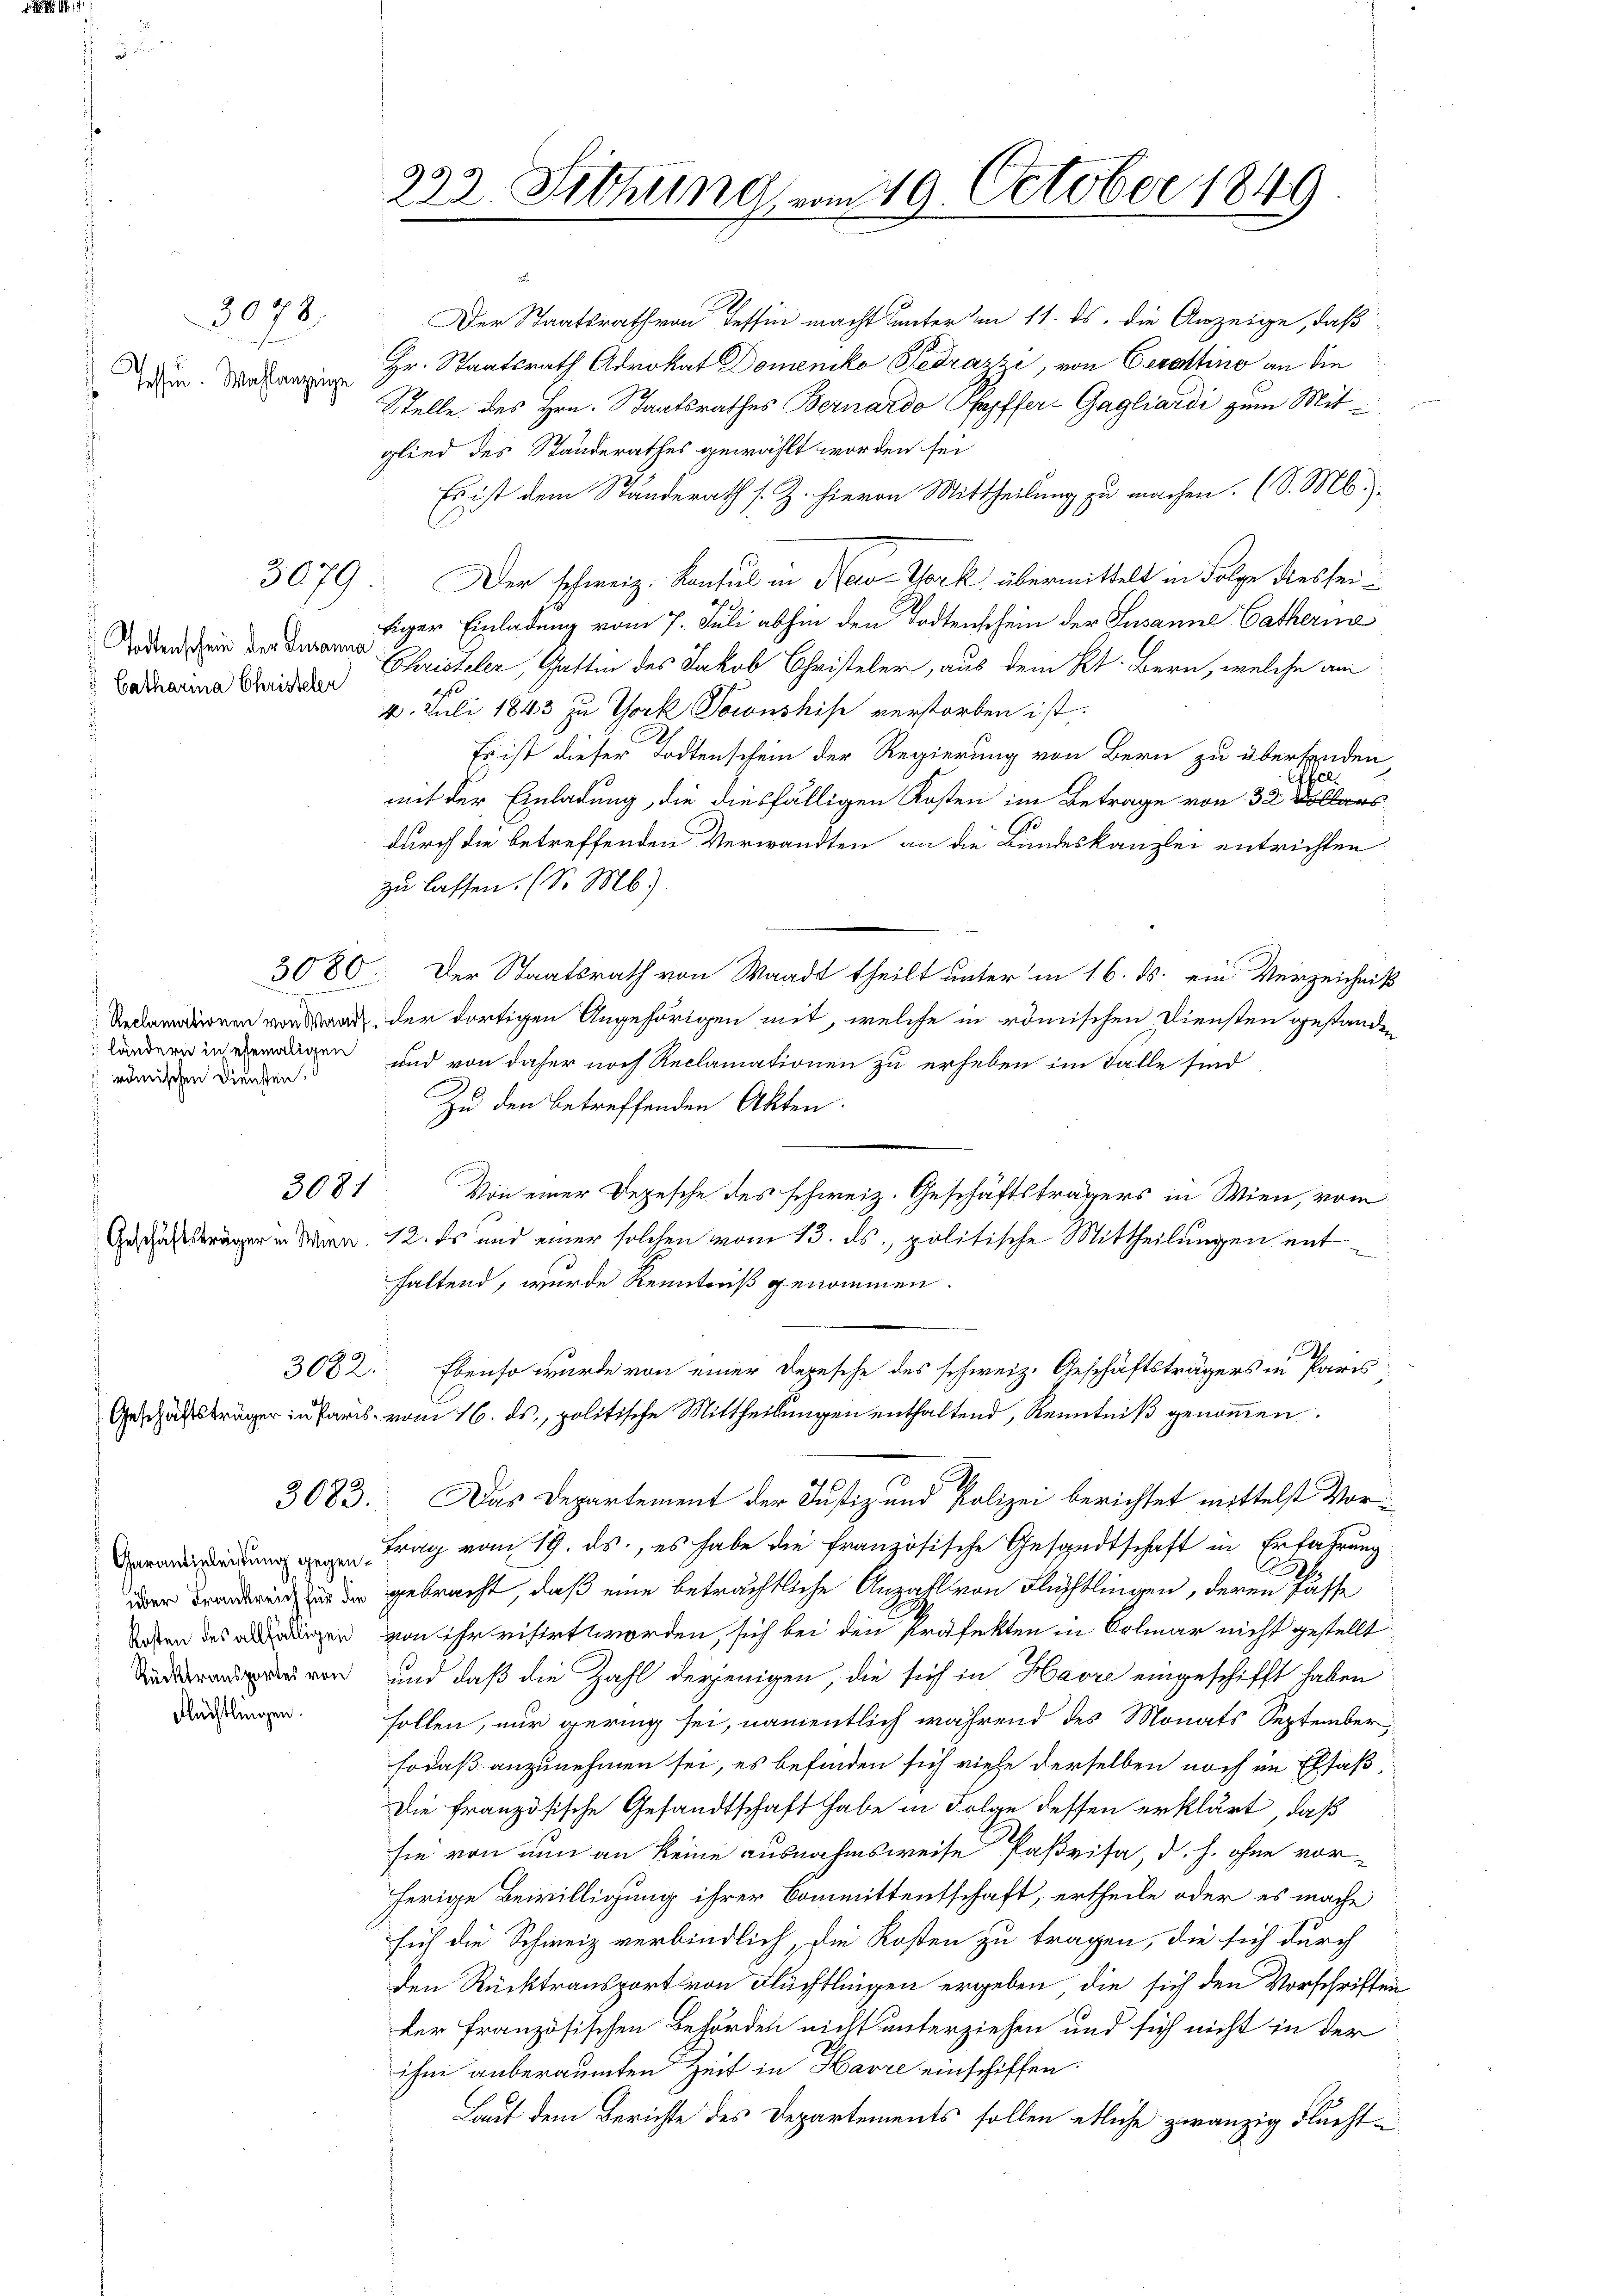
Postu

Todtenschein der Susanna
" Catharia Christelen

3080
Reclamationen von Wands
ländern in ehemaligen
römischen Diensten.

3079.
. Wahlanzeige

3079

3081

eschäftsträger in Paris¬

3082.

3083.

Carantieleistung gegenüber Frankreich für die
Kosten des allfälligen
Rücktransportes von
Flüchtlingen.

223. Sitzung vom 19. October 1849

Stelle des Hrn. Staatsrathes Bernardo Kopffer Gagliardi zum Mitglied des Standerathes gewählt worden sei
Es ist dem Standerath s. Z. hievon Mittheilung zu machen. (S. M.
Der schweiz. Konsul in New-York übermittelt in Folge dies seifiger Einladung vom 7. Juli abhin den Todtenschein der Susanne Catherna
Christeler, Gattin des Jakob Christeler, aus dem Kt. Bern, welche am
4. Juli 1843 zu York Sownshise verstorben ist.
Es ist dieser Todtenschein der Regierung von Bern zu überforden,
Gfel
mit der Einladung, die diesfälligen Kosten im Betrage von 32 Dollars
durch die betreffenden Verwandten an die Bundeskanzlei entrichten.
zu lassen. (S. Mb).
Der Staatsrath von Waadt theilt unter in 16. ds. ein Verzeichniß
der dortigen Angehörigen mit, welche in römischen Diensten gestanden
und von daher noch Reclamationen zu erheben im Falle sind
Zu den betreffenden Akten.
Von einer Depesche des schweiz. Geschäftsträgers in Wien, vom
rer in Man 12. Es und einer solchen vom 13. ds. politische Mittheilungen entfaltend, wurde Kenntniß genommen.
Ebenso wurde von einer Depesche des schweiz. Geschäftsträgers in Paris
vom 16. ds., politische Mittheilungen enthaltend, Kenntniß genommen.
Das Departement der Justiz und Polizei berichtet mittelst Vortrag vom 19. ds., es habe die französische Gesandtschaft in Erfahrung
gebracht, daß eine beträchtliche Anzahl von Flüchtlingen, deren Pässe
von ihr eifert worden, sich bei den Präfekten in Colmar nicht gestellt
und daß die Zahl derjenigen, die sich in Havre eingeschifft haben
sollen, nur gering sei, namentlich während des Monats September
sodaß anzunehmen sei, es befinden sich viele derselben noch im Elsaß
Die französische Gesandtschaft habe in Folge dessen erklärt, daß
sie von nun an keine ausnahmsweise Parisa, d. h. ohne vorherige Bewilligung ihrer Committentschaft, ertheile oder es mache
sich die Schweiz verbindlich, die Kosten zu tragen, die sich durch
den Rücktransport von Flüchtlingen ergeben, die sich den Vorschriften
der französischen Behörden nicht unterziehen und sich nicht in der
ihm anberaumten Zeit in Havre einschiffen.
Laut dem Berichte des Departements sollen etliche zwanzig Flucht¬

Der Staatsrath von Tessin macht unter am 11. ds. die Anzeige, daß
Hr. Staatsrath Advokat Domeniko Gedrazzi, von Cerottino an die